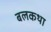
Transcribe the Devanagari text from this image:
बलकथा